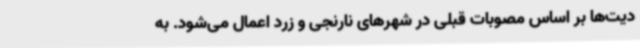
دیت‌ها بر اساس مصوبات قبلی در شهرهای نارنجی و زرد اعمال می‌شود. به